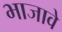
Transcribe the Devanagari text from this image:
भाजावे